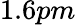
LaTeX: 1.6pm